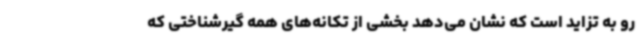
رو به تزاید است که نشان می‌دهد بخشی از تکانه‌های همه گیرشناختی که